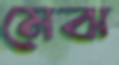
মেঝ